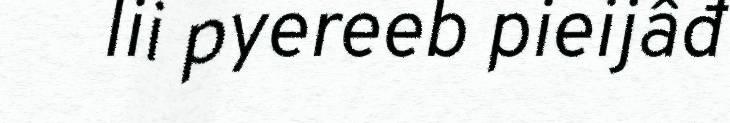
lii pyereeb pieijâđ